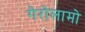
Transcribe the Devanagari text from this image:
गेरोलामो